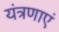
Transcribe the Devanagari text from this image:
यंत्रणाएं